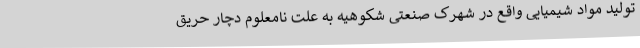
تولید مواد شیمیایی واقع در شهرک صنعتی شکوهیه به علت نامعلوم دچار حریق